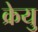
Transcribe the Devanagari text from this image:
क्रेयु